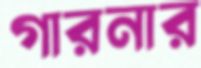
গারনার